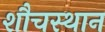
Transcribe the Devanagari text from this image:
शौचस्थान